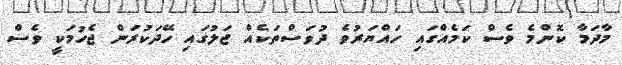
މާދަމާ ކޮންމެ ވެސް ކަމެއްގައި ހައްޔަރުވެ ދުވަސްތަކެއް ޖަލުގައި ހޭދަކުރަން ޖެހުމަކީ ވެސް